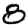
Digit: 8